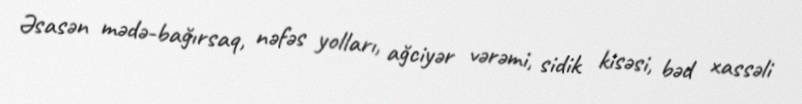
Əsasən mədə-bağırsaq, nəfəs yolları, ağciyər vərəmi, sidik kisəsi, bəd xassəli